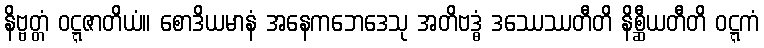
နိဗ္ဗတ္တံ ဝဋ္ဋဇာတိယံ။ စောဒိယမာနံ အနေကဘေဒေသု အတိဗဒ္ဓံ ဒဿေဿတီတိ နိစ္ဆီယတီတိ ဝဋ္ဋကံ